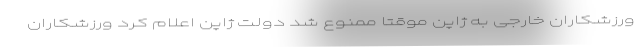
ورزشکاران خارجی به ژاپن موقتا ممنوع شد دولت ژاپن اعلام کرد ورزشکاران